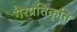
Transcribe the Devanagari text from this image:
गैरप्रतिकृति